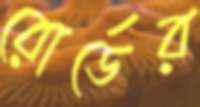
রোর্ডের